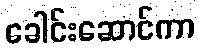
ခေါင်းဆောင်ကာ